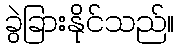
ခွဲခြားနိုင်သည်။